Indian journal of veterinary science and animal husbandry - Volume 4,
Year: 1934
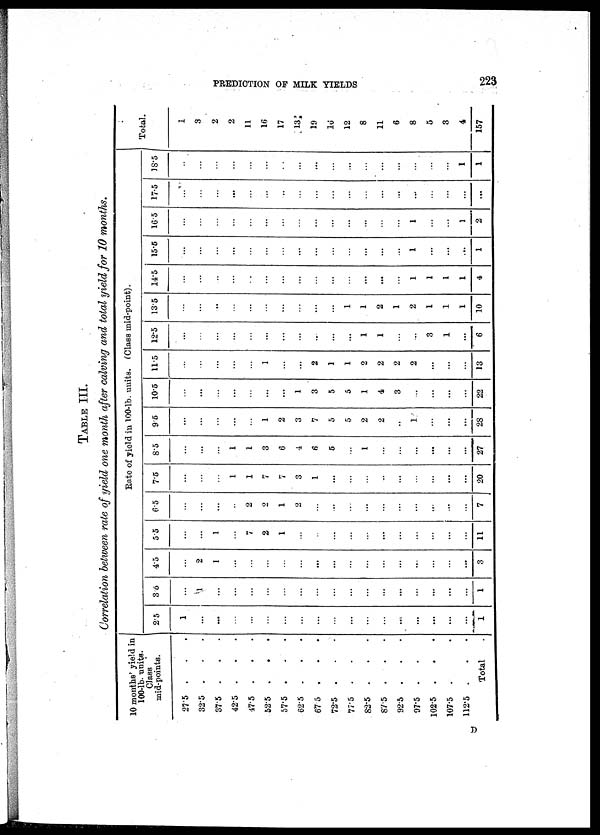
PREDICTION OF MILK YIELDS
223
TABLE III.
Correlation between rate of yield one month after calving and total yield for 10 months.
10 months' yield in
100-lb.units.
Class
mid-points.
27.5
32.5
37.5
42.5
47.5
52.5
57.5
62.5
67.5
72.5
.
77.5
82.5
.
87.5
92.5
.
97.5
.
102.5
107.5
112.5
.
Total
Rate of yield in 100.lb. units. (Class mid-point).
2.5
1
...
...
...
...
...
...
...
...
...
...
...
...
...
...
...
...
...
1
3.5
...
1
...
...
...
...
...
...
...
...
...
...
...
...
...
...
...
...
1
4.5
...
2
1
...
...
...
...
...
...
...
...
...
...
...
...
...
...
...
3
55
...
...
1
...
7
2
1
...
...
...
...
...
...
...
...
...
...
...
11
6.5
...
...
...
...
2
2
1
2
...
...
...
...
...
...
...
...
...
...
7
7.5
...
...
...
1
1
7
7
3
1
...
...
...
...
...
...
...
...
...
20
8.5
...
...
...
1
1
3
6
4
6
5
...
l
...
...
...
...
...
...
27
9.5
...
...
...
...
...
1
2
3
7
5
5
2
2
..
1
...
...
...
28
10.5
...
...
...
...
...
...
...
1
3
5
5
1
4
3
...
...
...
...
22
11.5
...
...
...
...
...
1
...
...
2
1
1
2
2
2
2
...
...
...
13
12.5
...
...
...
...
...
...
...
...
...
...
...
1
1
...
...
3
1
...
6
135
...
...
...
...
...
...
...
...
...
...
1
1
2
1
2
1
1
1
10
14.5
...
...
...
...
...
...
...
...
...
...
...
...
...
...
1
1
1
1
4
15.6
...
...
...
...
...
...
...
...
...
...
...
...
...
...
1
...
...
...
1
16.5
...
...
...
...
...
...
...
...
...
...
...
...
...
...
1
...
...
1
2
17.5
...
...
...
......
...
...
...
...
...
...
...
...
...
...
...
...
...
...
...
18.5
...
...
...
...
...
...
...
...
...
...
...
...
...
...
...
...
...
1
1
Total.
1
3
2
2
11
16
17
13
19
16
12
8
11
6
8
5
3
4
157